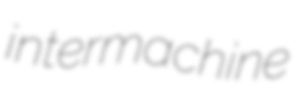
intermachine